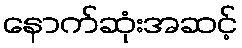
နောက်ဆုံးအဆင့်